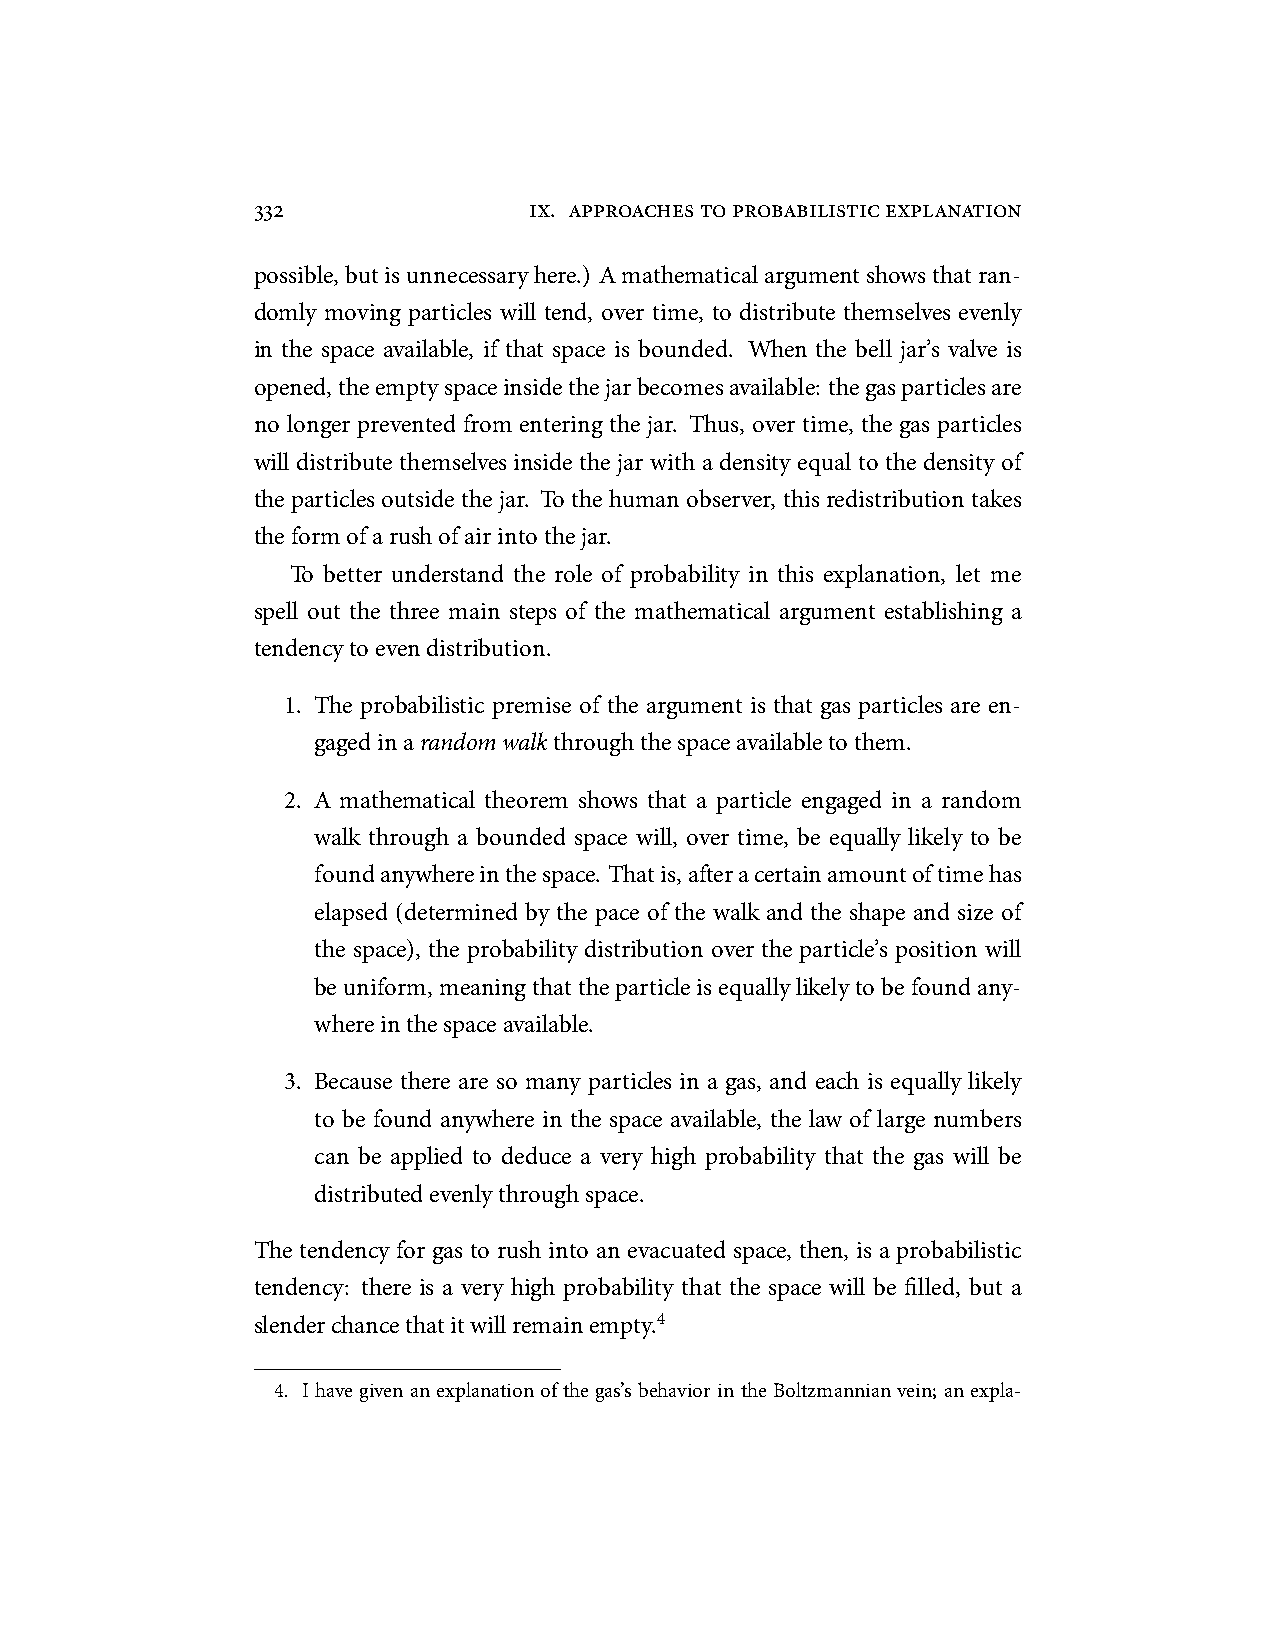
332               ix. approachestoprobabilisticexplanation
 possible,butisunnecessaryhere.) Amathematicalargumentshowsthatran-
 domly moving particles will tend, over time, to distribute themselves evenly
 in the space available, if that space is bounded. When the bell jar’s valve is
 opened,theemptyspaceinsidethejarbecomesavailable: thegasparticlesare
 no longer prevented from entering the jar. Thus, over time, the gas particles
 will distribute themselves inside the jar with a density equal to the density of
 the particles outside the jar. To the human observer, this redistribution takes
 theformofarushofairintothejar.
 To better understand the role of probability in this explanation, let me
 spell out the three main steps of the mathematical argument establishing a
 tendencytoevendistribution.
 1. The probabilistic premise of the argument is that gas particles are en-
 gagedinarandomwalkthroughthespaceavailabletothem.
 2. A mathematical theorem shows that a particle engaged in a random
 walk through a bounded space will, over time, be equally likely to be
 foundanywhereinthespace. Thatis,afteracertainamountoftimehas
 elapsed (determined by the pace of the walk and the shape and size of
 the space), the probability distribution over the particle’s position will
 beuniform,meaningthattheparticleisequallylikelytobefoundany-
 whereinthespaceavailable.
 3. Because there are so many particles in a gas, and each is equally likely
 to be found anywhere in the space available, the law of large numbers
 can be applied to deduce a very high probability that the gas will be
 distributedevenlythroughspace.
 The tendency for gas to rush into an evacuated space, then, is a probabilistic
 tendency: there is a very high probability that the space will be filled, but a
 slenderchancethatitwillremainempty.4
 4. Ihavegivenanexplanationofthegas’sbehaviorintheBoltzmannianvein; anexpla-